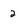
Character: 2